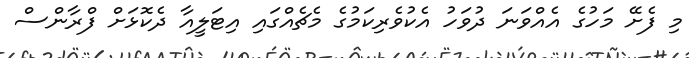
މި ފެށޭ މަހުގެ އެއްވަނަ ދުވަހު އެކުވެރިކަމުގެ މެޗެއްގައި އިޓަލީއާ ދެކޮޅަށް ފްރާންސް